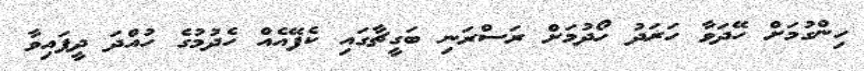
ހިންގުމަށް ހޭދަވާ ހަރަދު ހޯދުމަށް ރަސްރަނި ބަގީޗާގައި ކެފޭއެއް ހެދުމުގެ ހުއްދަ ދީފައިވާ